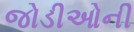
જોડીઓની